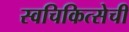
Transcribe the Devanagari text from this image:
स्वचिकित्सेची